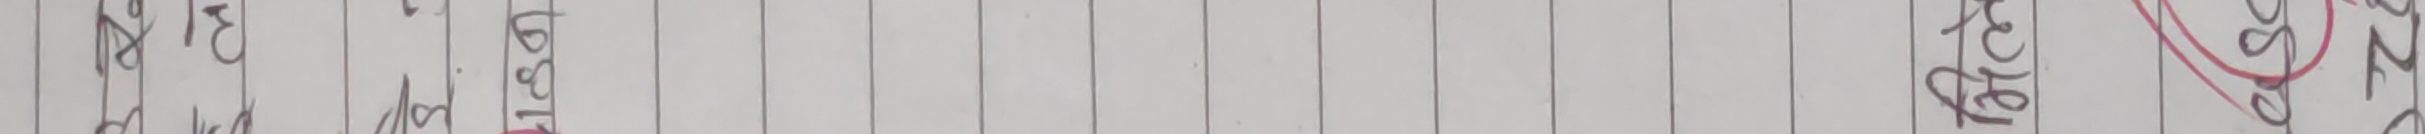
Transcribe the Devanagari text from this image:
सं ट१८२०८६
च ज०९२४०६
३४१०४८६
८४०८३१०
८२८९२६